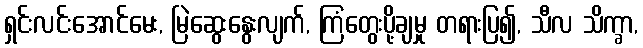
ရှင်းလင်းအောင်မေး, မြဲဆွေးနွေးလျက်, ကြံတွေးပို့ချမှု တရားပြ၍, သီလ သိက္ခာ,